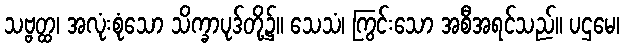
သဗ္ဗတ္ထ၊ အလုံးစုံသော သိက္ခာပုဒ်တို့၌။ သေသံ၊ ကြွင်းသော အစီအရင်သည်။ ပဌမေ၊